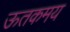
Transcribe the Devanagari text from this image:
ऊतकमय